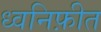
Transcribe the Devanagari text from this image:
ध्वनिफ़ीत